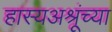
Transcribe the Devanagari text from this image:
हास्यअश्रूंच्या